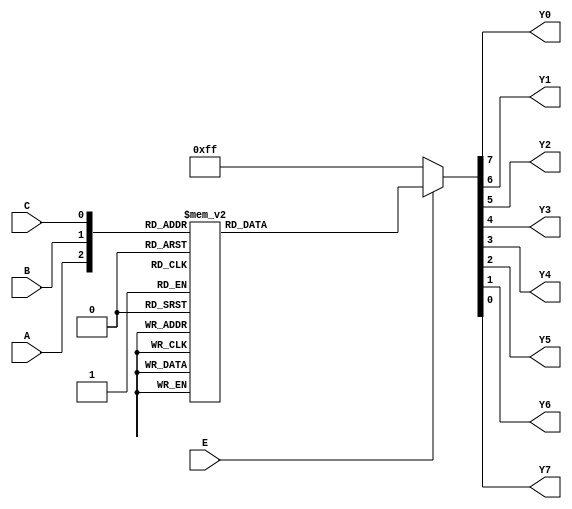
`timescale 1ns / 1ps
//////////////////////////////////////////////////////////////////////////////////
// Company: 
// Engineer: 
// 
// Design Name: 
// Module Name: s_74ls138
// Project Name: 
// Target Devices: 
// Tool Versions: 
// Description: 
// 
// Dependencies: 
// 
// Revision:
// Revision 0.01 - File Created
// Additional Comments:
// 
//////////////////////////////////////////////////////////////////////////////////

module s_74ls138( E,A,B,C,Y0,Y1,Y2,Y3,Y4,Y5,Y6,Y7 );
    input  E;            //74LS138
    input  A,B,C;                  //
    output reg Y0,Y1,Y2,Y3,Y4,Y5,Y6,Y7;                   //
    
    always@ ( A or B or C or E )
        begin 
            if( ! E )
                {Y0,Y1,Y2,Y3,Y4,Y5,Y6,Y7} <= 8'b1111_1111;
            else 
                begin
                    case({A,B,C})
                        3'b000:{Y0,Y1,Y2,Y3,Y4,Y5,Y6,Y7} <= 8'b1111_1110;
                        3'b001:{Y0,Y1,Y2,Y3,Y4,Y5,Y6,Y7} <= 8'b1111_1101;
                        3'b010:{Y0,Y1,Y2,Y3,Y4,Y5,Y6,Y7} <= 8'b1111_1011;
                        3'b011:{Y0,Y1,Y2,Y3,Y4,Y5,Y6,Y7} <= 8'b1111_0111;
                        3'b100:{Y0,Y1,Y2,Y3,Y4,Y5,Y6,Y7} <= 8'b1110_1111;
                        3'b101:{Y0,Y1,Y2,Y3,Y4,Y5,Y6,Y7} <= 8'b1101_1111;
                        3'b110:{Y0,Y1,Y2,Y3,Y4,Y5,Y6,Y7} <= 8'b1011_1111;
                        3'b111:{Y0,Y1,Y2,Y3,Y4,Y5,Y6,Y7} <= 8'b0111_1111;     
                    endcase
                end
        end
     
   
endmodule